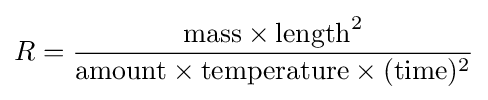
R={\frac {{\text{mass}}\times {\text{length}}^{2}}{{\text{amount}}\times {\text{temperature}}\times ({\text{time}})^{2}}}